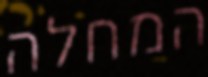
המחלה